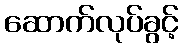
ဆောက်လုပ်ခွင့်